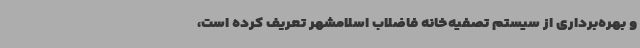
و بهره‌برداری از سیستم تصفیه‌خانه فاضلاب اسلامشهر تعریف کرده است،